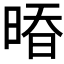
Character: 𰖒